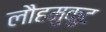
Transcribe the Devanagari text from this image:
लौहमुकुट